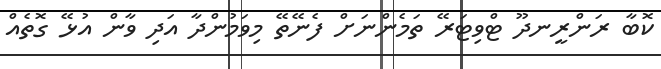
ކޮބާ ރަންރީނދޫ ޓްވިޓަރޭ ތަމެންނަށް ފެނޭތޭ މިވަމުންދާ އަދި ވާން އުޅޭ ގޮތެއް